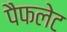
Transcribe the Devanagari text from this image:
पैफलेट